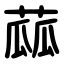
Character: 蓏